Annual report of the Imperial Bacteriologist
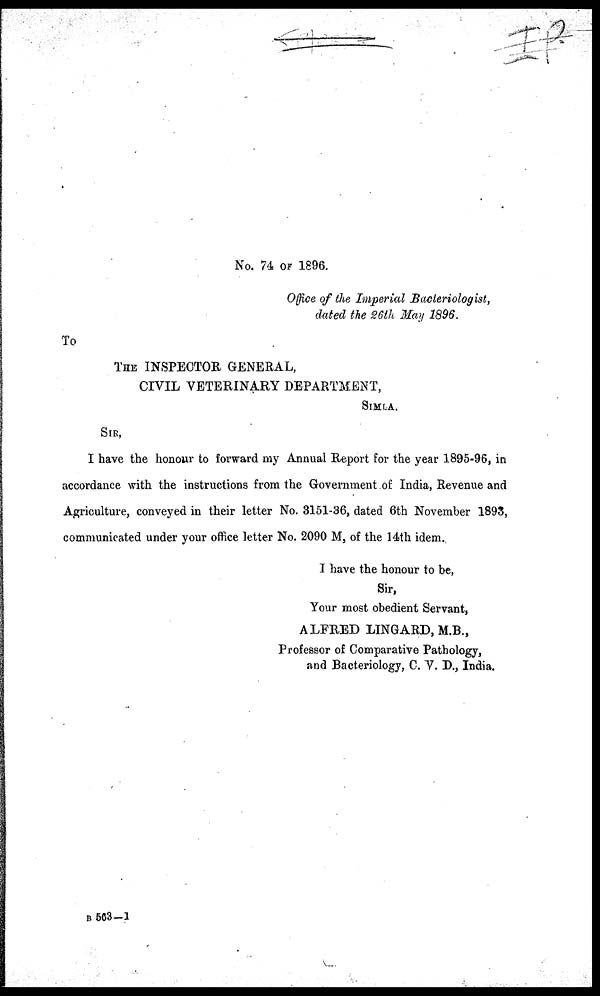
No. 74 OF 1896.
Office of the Imperial Bacteriologist,
dated the 26th May 1896.
To
THE INSPECTOR GENERAL,
CIVIL VETERINARY DEPARTMENT,
SIMLA.
SIR,
I have the honour to forward my Annual Report for the year 1895-96, in
accordance with the instructions from the Government of India, Revenue and
Agriculture, conveyed in their letter No. 3151-36, dated 6th November 1893,
communicated under your office letter No. 2090 M, of the 14th idem.
I have the honour to be,
Sir,
Your most obedient Servant,
ALFRED LINGARD, M.B.,
Professor of Comparative Pathology,
and Bacteriology, C. V. D., India.
B563-1